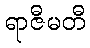
ရာဇီမတီ